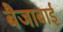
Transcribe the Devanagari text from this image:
बैजाबाई